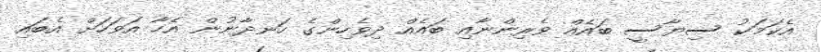
އެކަމަކު ސިޔާސީ ބައެއް ވެރިންނާއި ބައެއް ދިވެހިންގެ ހަނދާނުން އެހާ އަވަހަށް އެބައި